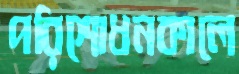
পরিশোধনকালে